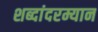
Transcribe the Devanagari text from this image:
शब्दांदरम्यान